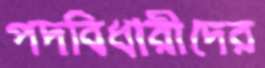
পদবিধারীদের